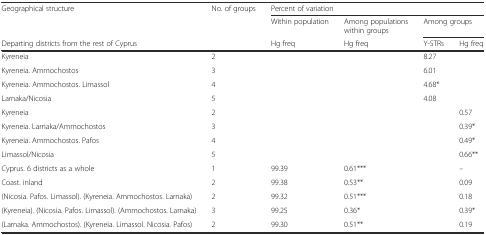
| Geographical structure | No. of groups | <COLSPAN=4> Percent of variation |
 |  |  | Within population | Among populations within groups | <COLSPAN=2> Among groups |
 | Departing districts from the rest of Cyprus |  | Hg freq | Hg freq | Y-STRs | Hg freq |
 | --- | --- | --- | --- | --- | --- |
 | Kyreneia | 2 |  |  | 8.27 |  |
 | Kyreneia. Ammochostos | 3 |  |  | 6.01 |  |
 | Kyreneia. Ammochostos. Limassol | 4 |  |  | 4.68* |  |
 | Larnaka/Nicosia | 5 |  |  | 4.08 |  |
 | Kyreneia | 2 |  |  |  | 0.57 |
 | Kyreneia. Larnaka/Ammochostos | 3 |  |  |  | 0.39* |
 | Kyreneia. Ammochostos. Pafos | 4 |  |  |  | 0.49* |
 | Limassol/Nicosia | 5 |  |  |  | 0.66** |
 | Cyprus. 6 districts as a whole | 1 | 99.39 | 0.61*** |  | – |
 | Coast. inland | 2 | 99.38 | 0.53** |  | 0.09 |
 | (Nicosia. Pafos. Limassol). (Kyreneia. Ammochostos. Larnaka) | 2 | 99.32 | 0.51*** |  | 0.18 |
 | (Kyreneia). (Nicosia. Pafos. Limassol). (Ammochostos. Larnaka) | 3 | 99.25 | 0.36* |  | 0.39* |
 | (Larnaka. Ammochostos). (Kyreneia. Limassol. Nicosia. Pafos) | 2 | 99.30 | 0.51** |  | 0.19 |